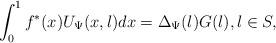
LaTeX: \begin{align*} \int_0^1 f^*(x) U_{\Psi}(x,\l) dx = \Delta_{\Psi}(\l) G(\l), \l \in S,\end{align*}